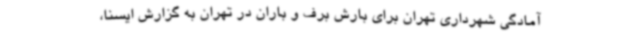
آمادگی شهرداری تهران برای بارش برف و باران در تهران به گزارش ایسنا،